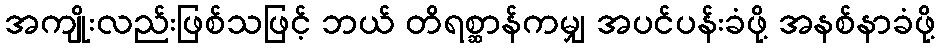
အကျိုးလည်းဖြစ်သဖြင့် ဘယ် တိရစ္ဆာန်ကမျှ အပင်ပန်းခံဖို့ အနစ်နာခံဖို့